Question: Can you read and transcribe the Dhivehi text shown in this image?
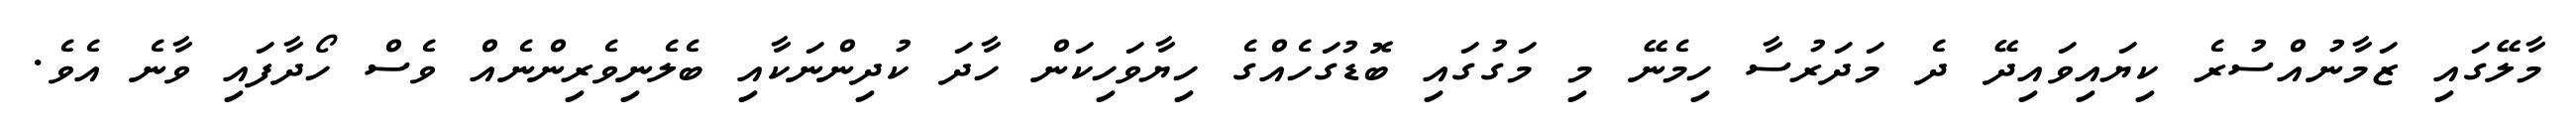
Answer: މާލޭގައި ޒަމާނުއްސުރެ ކިޔައިވައިދޭ ދެ މަދަރުސާ ހިމެނޭ މި މަގުގައި ބޮޑުގަހެއްގެ ހިޔާވަހިކަން ހާދަ ކުދިންނަކާއި ބެލެނިވެރިންނެއް ވެސް ހޯދާފައި ވާނެ އެވެ.